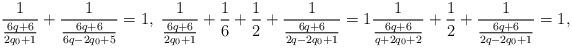
LaTeX: \begin{align*}\frac{1}{\frac{6q+6}{2q_0+1}}+\frac{1}{\frac{6q+6}{6q-2q_0+5}}=1,\;\frac{1}{\frac{6q+6}{2q_0+1}}+\frac{1}{6}+\frac{1}{2}+\frac{1}{\frac{6q+6}{2q-2q_0+1}}=1\frac{1}{\frac{6q+6}{q+2q_0+2}}+\frac{1}{2}+\frac{1}{\frac{6q+6}{2q-2q_0+1}}=1,\end{align*}